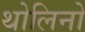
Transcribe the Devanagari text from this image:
थोलिनो